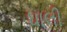
ઘાલી